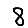
Digit: 8